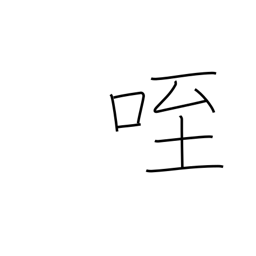
Meaning: eat